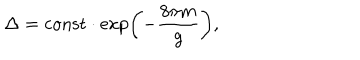
LaTeX: \Delta = \mathrm { c o n s t } \cdot \exp \left( - \frac { 8 \pi m } { g } \right) ,